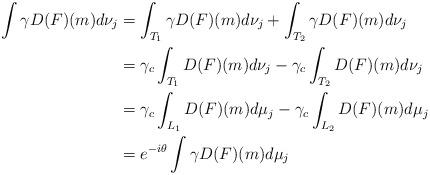
LaTeX: \begin{align*}\int\gamma D(F)(m)d\nu_j & = \int_{T_1}\gamma D(F)(m)d\nu_j+\int_{T_2}\gamma D(F)(m)d\nu_j \\& = \gamma_c\int_{T_1}D(F)(m)d\nu_j-\gamma_c\int_{T_2}D(F)(m)d\nu_j \\& = \gamma_c\int_{L_1}D(F)(m)d\mu_j-\gamma_c\int_{L_2}D(F)(m)d\mu_j \\& = e^{-i\theta}\int \gamma D(F)(m)d\mu_j\end{align*}